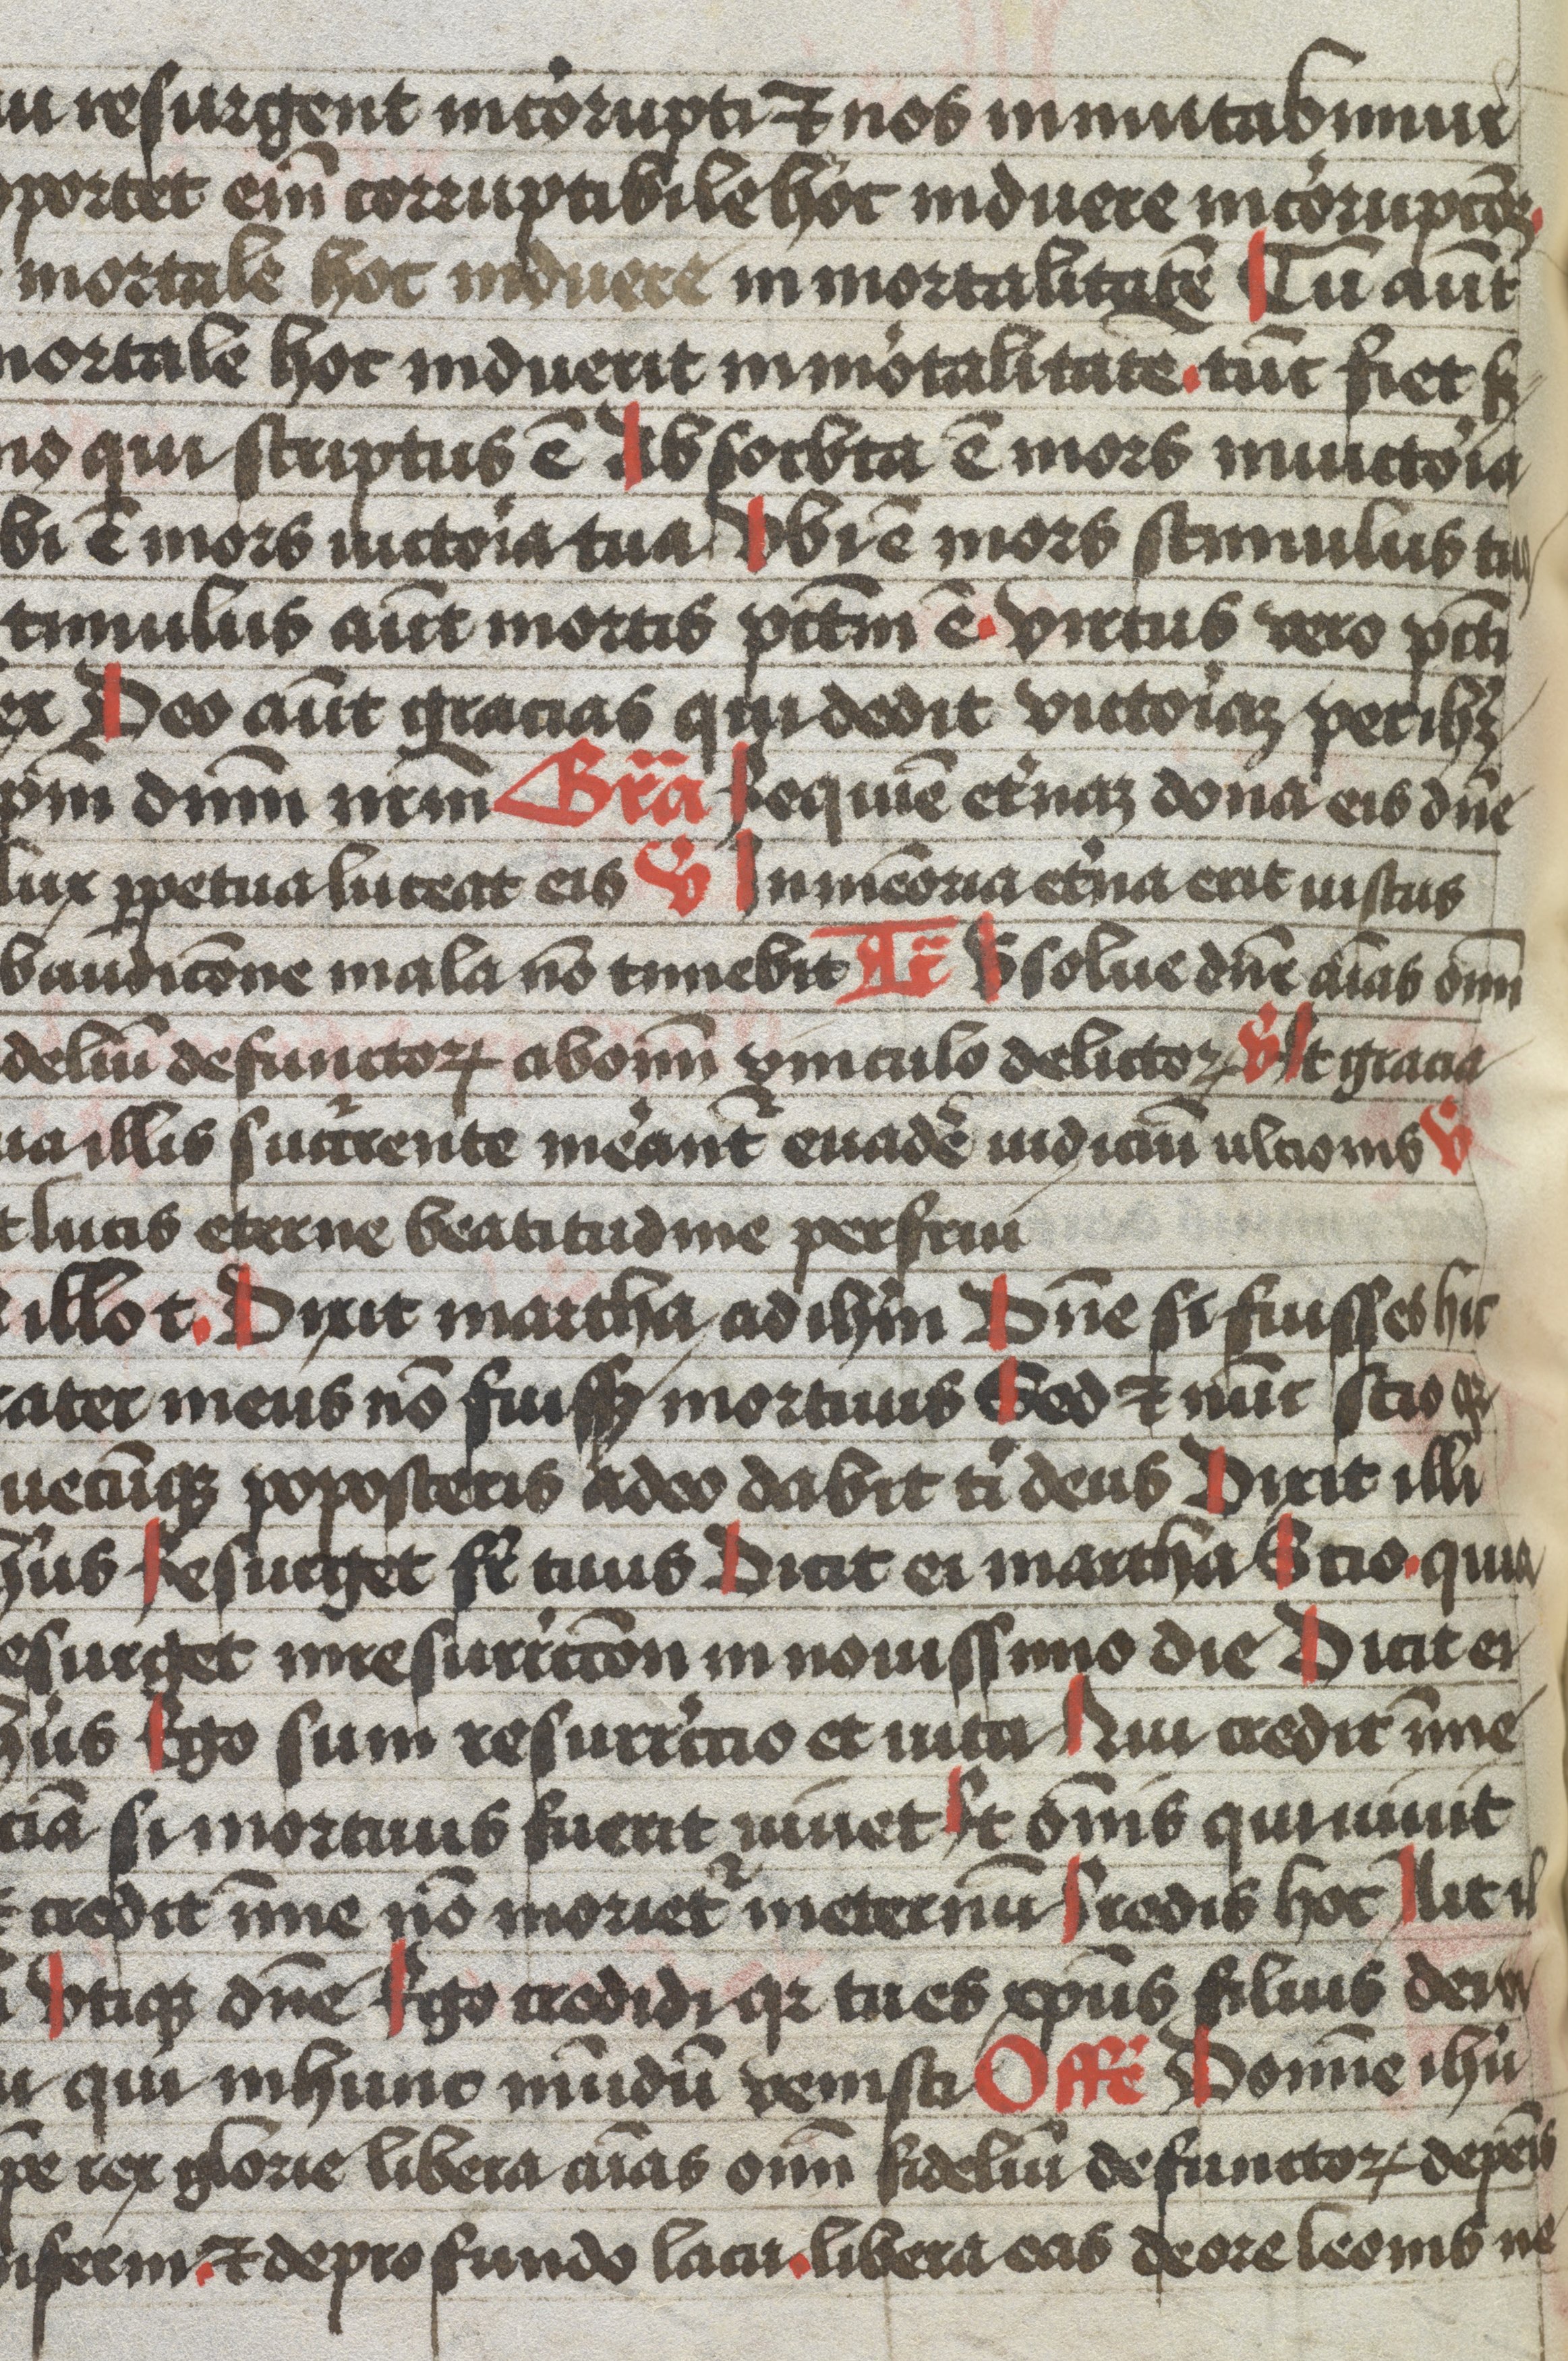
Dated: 1483–1483